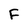
Character: F